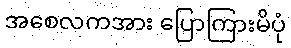
အစေလကအား ပြောကြားမိပုံ